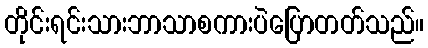
တိုင်းရင်းသားဘာသာစကားပဲပြောတတ်သည်။